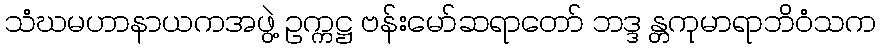
သံဃမဟာနာယကအဖွဲ့ ဥက္ကဋ္ဌ ဗန်းမော်ဆရာတော် ဘဒ္ဒ န္တကုမာရာဘိဝံသက